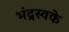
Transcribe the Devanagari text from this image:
भंद्रस्वके